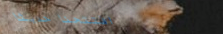
افتتحنا حديثاً